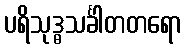
ပရိသုဒ္ဓသင်္ခါတတရော